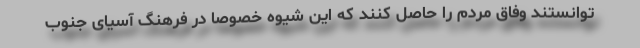
توانستند وفاق مردم را حاصل کنند که این شیوه خصوصا در فرهنگ آسیای جنوب